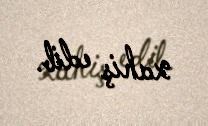
xahiş edib.